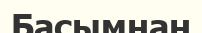
Басымнан